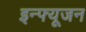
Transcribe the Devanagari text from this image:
इन्फ्यूजन